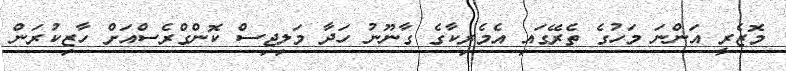
މޮޒެރީ އަންނަ މަހުގެ ތެރޭގައި އެމެރިކާގެ ގާނޫނު ހަދާ މަލިޖިސް ކޮންގްރެސްއަށް ހާޒިކުރަން